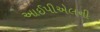
આઈપીએલની